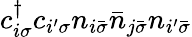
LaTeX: c_{i\sigma}^{\dagger}c_{i^{\prime}\sigma}n_{i\bar{\sigma}}\bar{n}_{j\bar{\sigma}}n_{i^{\prime}\bar{\sigma}}